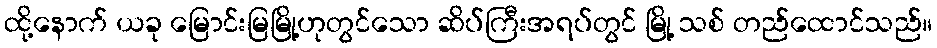
ထို့နောက် ယခု မြောင်းမြမြို့ဟုတွင်သော ဆိပ်ကြီးအရပ်တွင် မြို့ သစ် တည်ထောင်သည်။